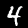
Digit: 4